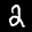
Label: 2